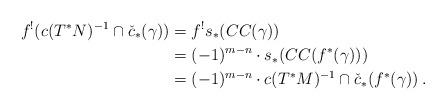
\begin{align*}f^!(c(T^*N)^{-1}\cap \check{c}_*(\gamma)) &= f^!s_*(CC(\gamma)) \\&= (-1)^{m-n}\cdot s_*(CC(f^*(\gamma))) \\ &= (-1)^{m-n}\cdot c(T^*M)^{-1}\cap \check{c}_*(f^*(\gamma)) \:.\end{align*}